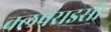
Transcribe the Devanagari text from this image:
वलपराइसो